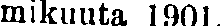
mikuuta 1901.